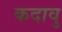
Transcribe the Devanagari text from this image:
कदावु